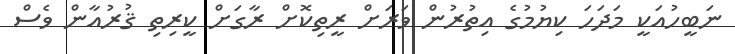
ނަބީހުއަކީ މަދަހަ ކިޔުމުގެ އިތުރުން ވަރަށް ރީތިކޮށް ރާގަށް ކީރިތި ޤުރުއާން ވެސް